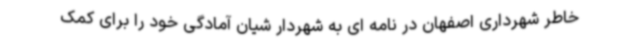
خاطر شهرداری اصفهان در نامه ای به شهردار شیان آمادگی خود را برای کمک